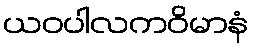
ယဝပါလကဝိမာနံ